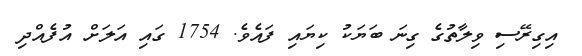
އިގިރޭސި ވިލާތުގެ ގިނަ ބަޔަކު ކިޔައި ފައެވެ. 1754 ގައި އަލަށް އުފެއްދި